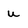
Character: u